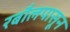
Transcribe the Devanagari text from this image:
रबौलपासून